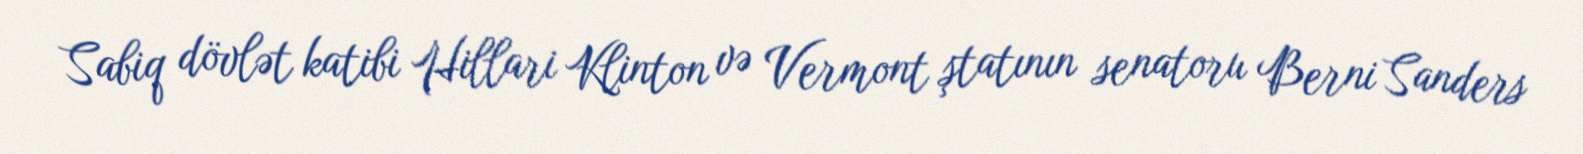
Sabiq dövlət katibi Hillari Klinton və Vermont ştatının senatoru Berni Sanders